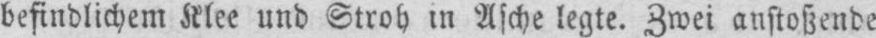
befindlichem Klee und Stroh in Asche legte. Zwei anstoßende